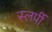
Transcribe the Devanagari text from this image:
स्लर्पी